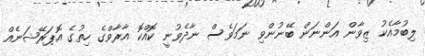
ލިބުމާއެކު ޒިވާން އަންނަން ބޭނުންވި ނަމަވެސް ނާދެވުނީ ކޮއްކޮ އާރާވްގެ ހިތުގެ އޮޕަރޭޝަނެއް